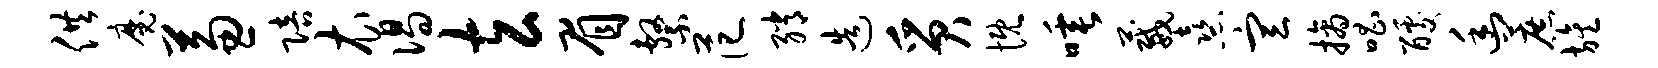
供魔兼陪衣偈玄眉系范绡造质慨唾葳熹宣摘唱醵幽蔗旌